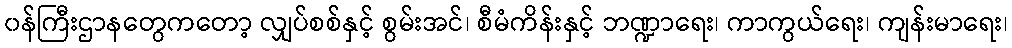
၀န်ကြီးဌာနတွေကတော့ လျှပ်စစ်နှင့် စွမ်းအင်၊ စီမံကိန်းနှင့် ဘဏ္ဍာရေး၊ ကာကွယ်ရေး၊ ကျန်းမာရေး၊